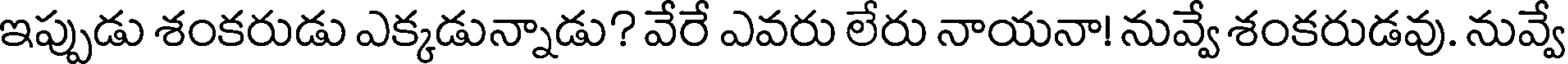
ఇప్పుడు శంకరుడు ఎక్కడున్నాడు? వేరే ఎవరు లేరు నాయనా! నువ్వే శంకరుడవు. నువ్వే